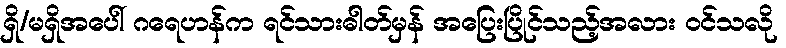
ရှိ/မရှိအပေါ် ဂရေဟန်က ရင်သားဓါတ်မှန် အပြေးပြိုင်သည့်အလား ဝင်သလို